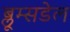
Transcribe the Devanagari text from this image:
ब्लूम्सडेल